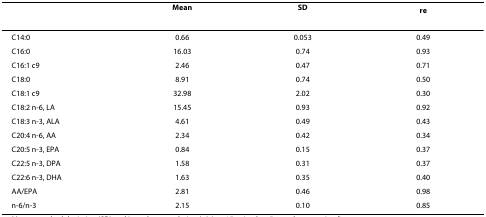
|  | Mean | SD | re |
 | --- | --- | --- | --- |
 | C14:0 | 0.66 | 0.053 | 0.49 |
 | C16:0 | 16.03 | 0.74 | 0.93 |
 | C16:1 c9 | 2.46 | 0.47 | 0.71 |
 | C18:0 | 8.91 | 0.74 | 0.50 |
 | C18:1 c9 | 32.98 | 2.02 | 0.30 |
 | C18:2 n-6, LA | 15.45 | 0.93 | 0.92 |
 | C18:3 n-3, ALA | 4.61 | 0.49 | 0.43 |
 | C20:4 n-6, AA | 2.34 | 0.42 | 0.34 |
 | C20:5 n-3, EPA | 0.84 | 0.15 | 0.37 |
 | C22:5 n-3, DPA | 1.58 | 0.31 | 0.37 |
 | C22:6 n-3, DHA | 1.63 | 0.35 | 0.40 |
 | AA/EPA | 2.81 | 0.46 | 0.98 |
 | n-6/n-3 | 2.15 | 0.10 | 0.85 |